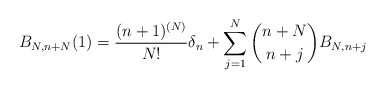
\begin{align*} B_{N,n+N}(1)=\frac{(n+1)^{(N)}}{N!}\delta_n + \sum_{j=1}^{N} \binom{n+N}{n+j} B_{N,n+j} \end{align*}